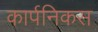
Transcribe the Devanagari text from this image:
कार्पनिकस